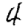
Digit: 4